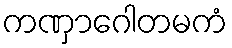
ကဏှာဂေါတမကံ